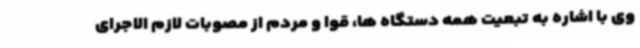
وی با اشاره به تبعیت همه دستگاه ها،‌ قوا و مردم از مصوبات لازم الاجرای